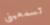
تسمعينى